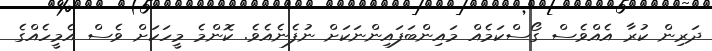
ދަރިން ކުރާ އެއްވެސް ގޯސްކަމެއް މައިންބަފައިންނަކަށް ނުފެނެއެވެ. ކޮންމެ މީހަކަށް ވެސް އެމީހެއްގެ